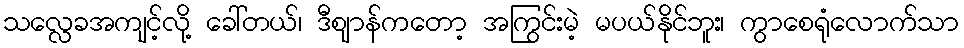
သလ္လေခအကျင့်လို့ ခေါ်တယ်၊ ဒီဈာန်ကတော့ အကြွင်းမဲ့ မပယ်နိုင်ဘူး၊ ကွာစေရုံလောက်သာ